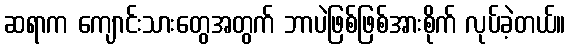
ဆရာက ကျောင်းသားတွေအတွက် ဘာပဲဖြစ်ဖြစ်အားစိုက် လုပ်ခဲ့တယ်။